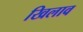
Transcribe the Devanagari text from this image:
खिलाव